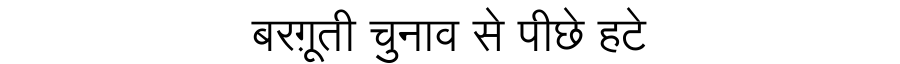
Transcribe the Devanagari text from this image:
बरग़ूती चुनाव से पीछे हटे